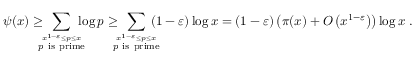
\psi ( x ) \geq \! \! \! \! \sum _ { \stackrel { x ^ { 1 - \varepsilon } \leq p \leq x } { p { \mathrm { ~ i s ~ p r i m e } } } } \! \! \! \! \log p \geq \! \! \! \! \sum _ { \stackrel { x ^ { 1 - \varepsilon } \leq p \leq x } { p { \mathrm { ~ i s ~ p r i m e } } } } \! \! \! \! ( 1 - \varepsilon ) \log x = ( 1 - \varepsilon ) \left( \pi ( x ) + O \left( x ^ { 1 - \varepsilon } \right) \right) \log x \; .